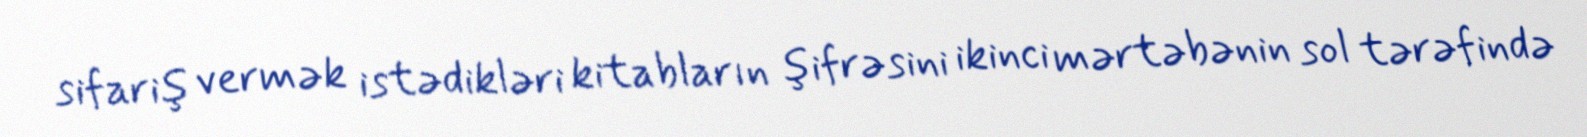
sifariş vermək istədikləri kitabların şifrəsini ikinci mərtəbənin sol tərəfində